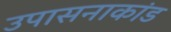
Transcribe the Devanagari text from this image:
उपासनाकांड